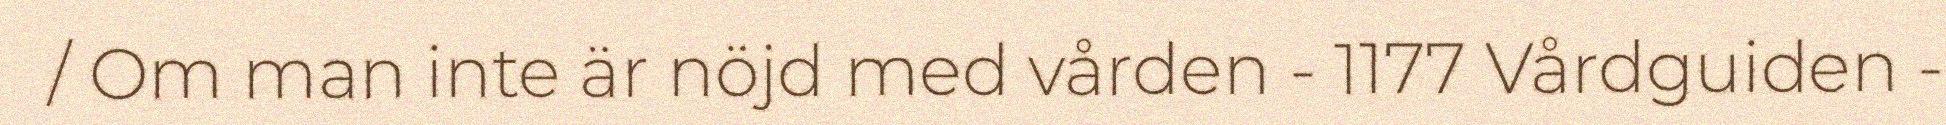
/ Om man inte är nöjd med vården - 1177 Vårdguiden -